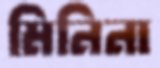
মিনিনা